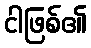
ငါဖြစ်၏